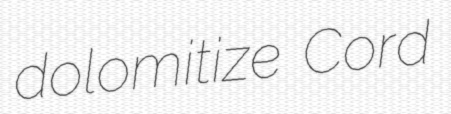
dolomitize Cord